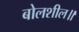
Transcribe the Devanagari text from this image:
बोलशील॥